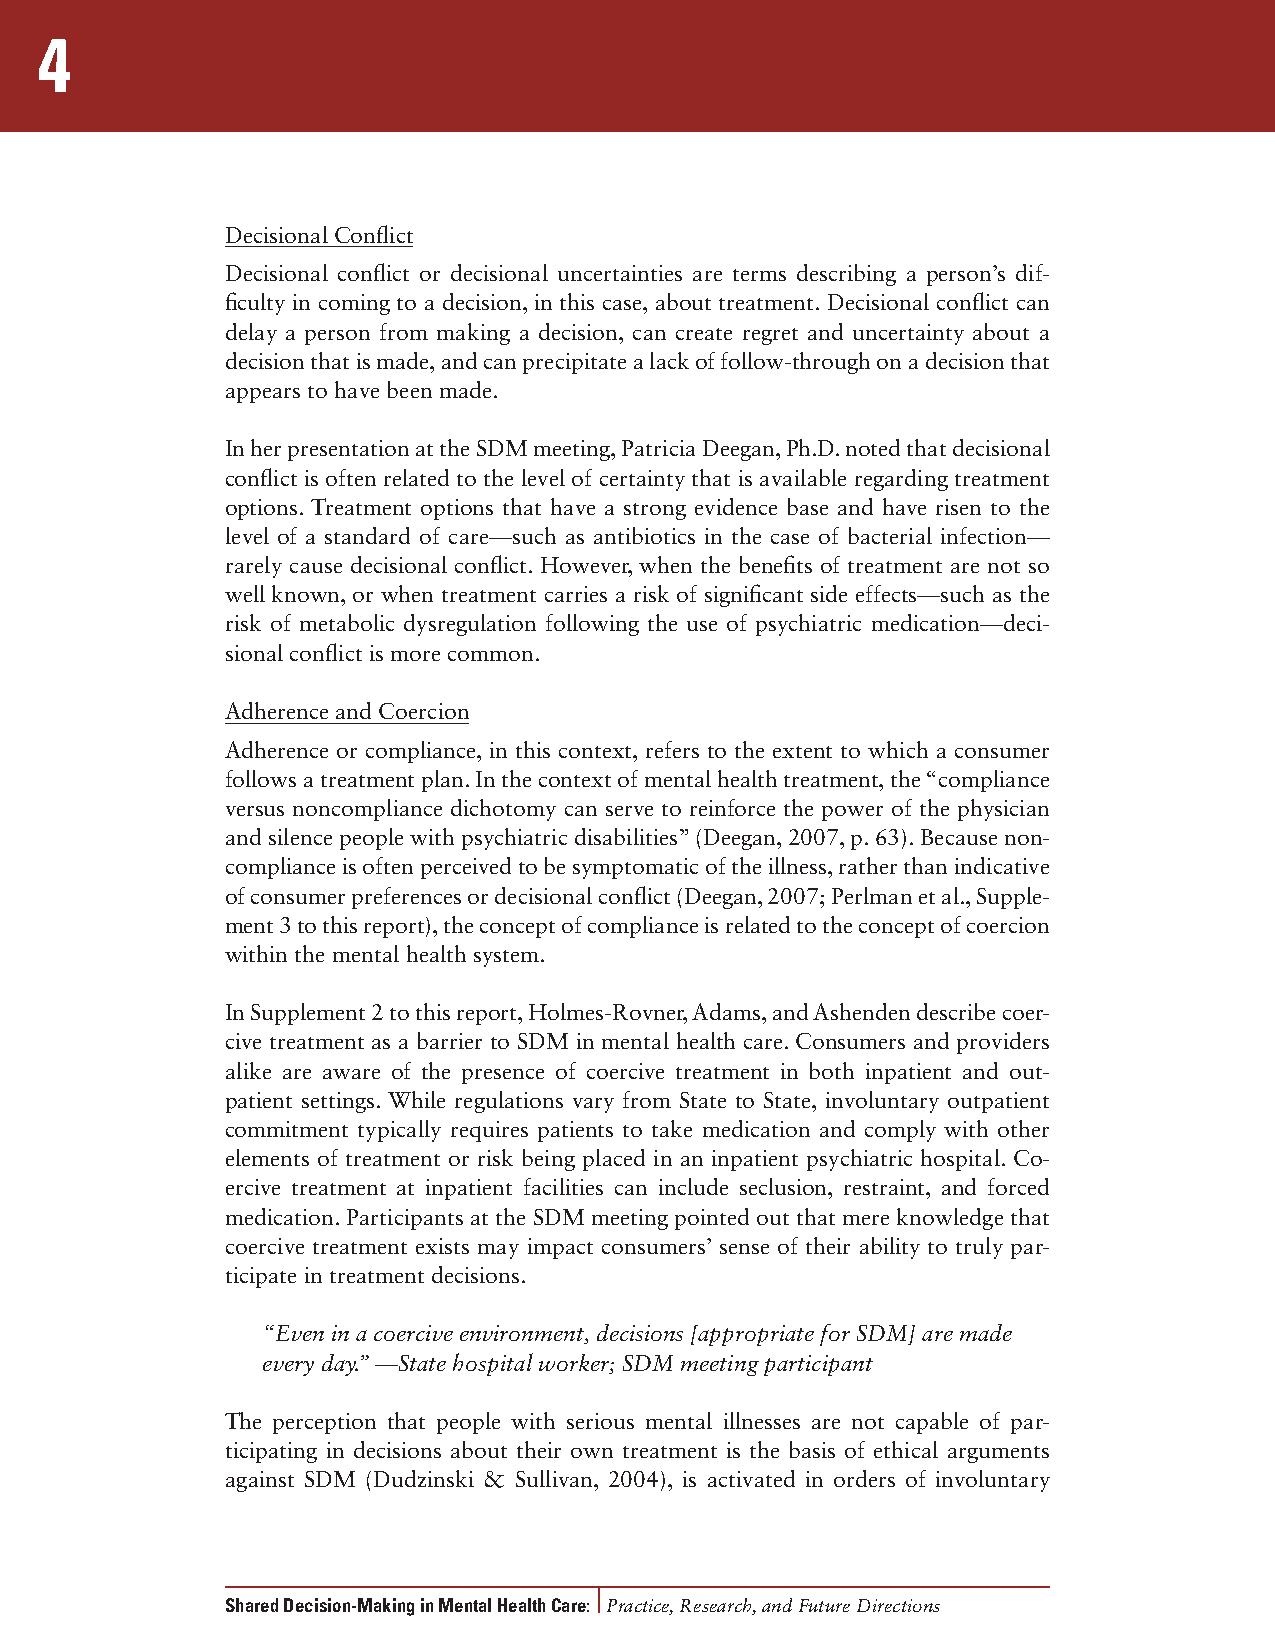
4
 Decisional Conflict
 Decisional conflict or decisional uncertainties are terms describing a person’s dif-
 ficulty in coming to a decision, in this case, about treatment. Decisional conflict can
 delay a person from making a decision, can create regret and uncertainty about a
 decision that is made, and can precipitate a lack of follow-through on a decision that
 appears to have been made.
 In her presentation at the SDM meeting, Patricia Deegan, Ph.D. noted that decisional
 conflict is often related to the level of certainty that is available regarding treatment
 options. Treatment options that have a strong evidence base and have risen to the
 level of a standard of care—such as antibiotics in the case of bacterial infection—
 rarely cause decisional conflict. However, when the benefits of treatment are not so
 well known, or when treatment carries a risk of significant side effects—such as the
 risk of metabolic dysregulation following the use of psychiatric medication—deci-
 sional conflict is more common.
 Adherence and Coercion
 Adherence or compliance, in this context, refers to the extent to which a consumer
 follows a treatment plan. In the context of mental health treatment, the “compliance
 versus noncompliance dichotomy can serve to reinforce the power of the physician
 and silence people with psychiatric disabilities” (Deegan, 2007, p. 63). Because non-
 compliance is often perceived to be symptomatic of the illness, rather than indicative
 of consumer preferences or decisional conflict (Deegan, 2007; Perlman et al., Supple-
 ment 3 to this report), the concept of compliance is related to the concept of coercion
 within the mental health system.
 In Supplement 2 to this report, Holmes-Rovner, Adams, and Ashenden describe coer-
 cive treatment as a barrier to SDM in mental health care. Consumers and providers
 alike are aware of the presence of coercive treatment in both inpatient and out-
 patient settings. While regulations vary from State to State, involuntary outpatient
 commitment typically requires patients to take medication and comply with other
 elements of treatment or risk being placed in an inpatient psychiatric hospital. Co-
 ercive treatment at inpatient facilities can include seclusion, restraint, and forced
 medication. Participants at the SDM meeting pointed out that mere knowledge that
 coercive treatment exists may impact consumers’ sense of their ability to truly par-
 ticipate in treatment decisions.
 “Even in a coercive environment, decisions [appropriate for SDM] are made
 every day.” —State hospital worker; SDM meeting participant
 The perception that people with serious mental illnesses are not capable of par-
 ticipating in decisions about their own treatment is the basis of ethical arguments
 against SDM (Dudzinski & Sullivan, 2004), is activated in orders of involuntary
 Shared Decision-Making in Mental Health Care: Practice, Research, and Future Directions